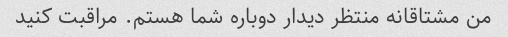
من مشتاقانه منتظر دیدار دوباره شما هستم. مراقبت کنید